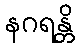
နဂရန္တိ